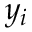
y _ { i }